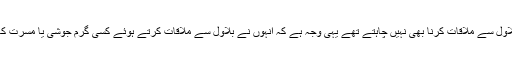
وہ اس غرض سے بلاول سے ملاقات کرنا بھی نہیں چاہتے تھے یہی وجہ ہے کہ انہوں نے بلاول سے ملاقات کرتے ہوئے کسی گرم جوشی یا مسرت کا اظہار بھی نہیں کیا۔